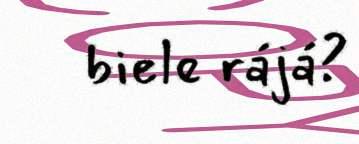
biele rájá?